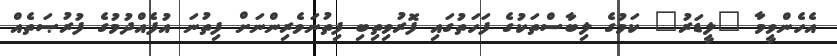
އެހެންވީމާ "ލީޑަރު" ކަމުގެ ލިބާސްތަކުގެ ފަހަތުގައި ފޮރުވިތިބި ފިތުނަވެރިންނަށް ފިތުނަ އުފެއްދުމުގެ ފުރުޞަތެއް